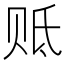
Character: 𰷢